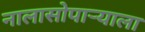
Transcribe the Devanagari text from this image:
नालासोपाऱ्याला